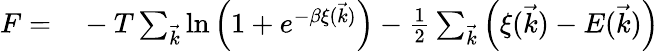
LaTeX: \begin{array}{rl}{F=}&{{}-T\sum_{\vec{k}}\ln\left(1+e^{-\beta\xi(\vec{k})}\right)-{\textstyle{\frac{1}{2}}}\sum_{\vec{k}}\left(\xi(\vec{k})-E(\vec{k})\right)}\end{array}